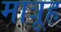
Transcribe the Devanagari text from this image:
मात्रूह